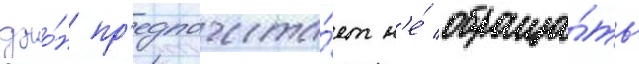
джо́н пр'едпочита́ет н'е́ обраща́ть